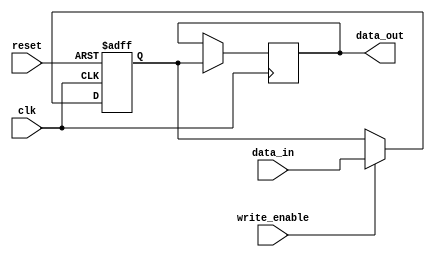
module nvram(
    input wire clk,
    input wire reset,
    input wire write_enable,
    input wire [7:0] data_in,
    output reg [7:0] data_out
);

reg [7:0] memory_data;
reg [7:0] nv_memory_data;

always @(posedge clk or posedge reset) begin
    if (reset == 1'b1) begin
        memory_data <= 8'b00000000;
        nv_memory_data <= 8'b00000000;
    end else begin
        if (write_enable == 1'b1) begin
            memory_data <= data_in;
            nv_memory_data <= data_in; // Write data to non-volatile memory cells
        end
    end
end

always @(posedge clk) begin
    if (read_enable == 1'b1) begin
        data_out <= memory_data;
    end
end

endmodule